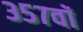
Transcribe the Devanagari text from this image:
३५७वॉ